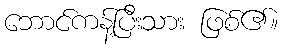
ဘောင်ကန့်ပြီးသား ဖြစ်၏။